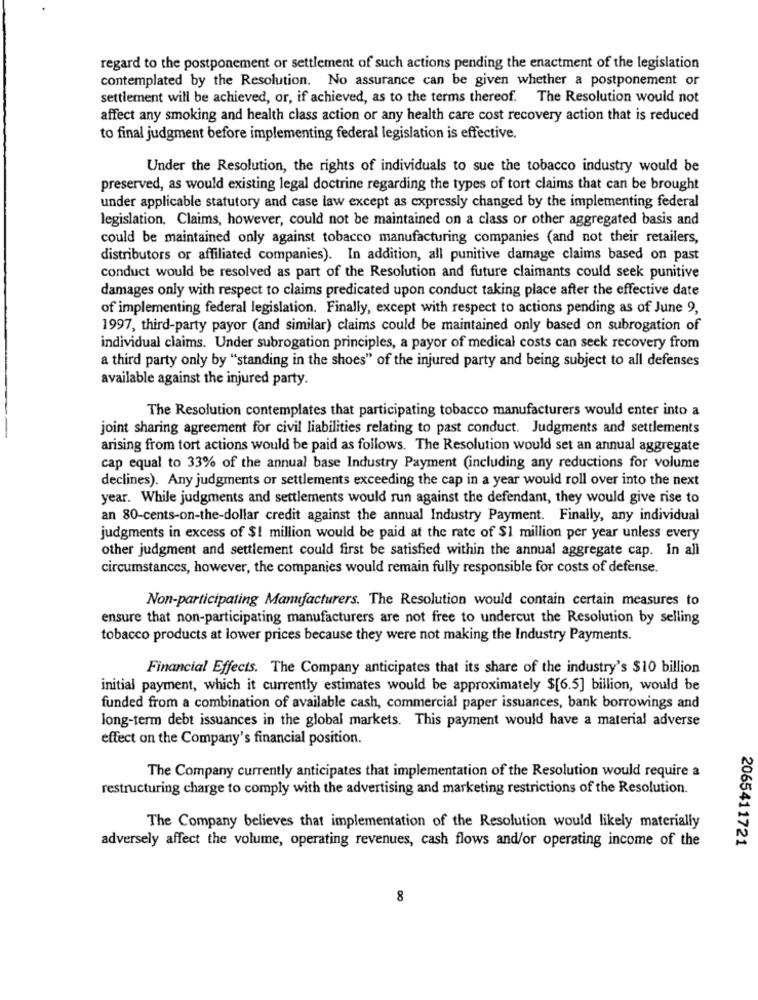
regard to the postponement or settlement of such actions pending the enactment of the legislation
contemplated by the Resolution. No assurance can be given whether a postponement or
settlement will be achieved, or, if achieved, as to the terms thereof. The Resolution would not
affect any smoking and health class action or any health care cost recovery action that is reduced
to final judgment before implementing federal legislation is effective.
Under the Resolution, the rights of individuals to sue the tobacco industry would be
preserved, as would existing legal doctrine regarding the types of tort claims that can be brought
under applicable statutory and case law except as cxpressly changed by the implementing federal
legislation. Claims, however, could not be maintained on a class or other aggregated basis and
could be maintained only against tobacco manufacturing companies (and not their retailers,
distributors or affiliated companies). In addition, all punitive damage claims based on past
conduct would be resolved as part of the Resolution and future claimants could seek punitive
damages only with respect to claims predicated upon conduct taking place after the effective date
of implementing federal legislation. Finally, except with respect to actions pending as of June 9,
1997, third-party payor (and similar) claims could be maintained only based on subrogation of
individual claims. Under subrogation principles, a payor of medical costs can seek recovery from
a third party only by "standing in the shoes" of the injured party and being subject to all defenses
available against the injured party.
The Resolution contemplates that participating tobacco manufacturers would enter into a
joint sharing agreement for civil liabilities relating to past conduct. Judgments and settlements
arising from tort actions would be paid as follows. The Resolution would set an annual aggregate
cap equal to 33% of the annual base Industry Payment (including any reductions for volume
declines). Any judgments or settlements exceeding the cap in a year would roll over into the next
year. While judgments and settlements would run against the defendant, they would give rise to
an 80-cents-on-the-dollar credit against the annual Industry Payment. Finally, any individual
judgments in excess of $1 million would be paid at the rate of $1 million per year unless every
other judgment and settlement could first be satisfied within the annual aggregate cap. In all
circumstances, however, the companies would remain fully responsible for costs of defense.
Non-participating Manufacturers. The Resolution would contain certain measures to
ensure that non-participating manufacturers are not free to undercut the Resolution by selling
tobacco products at lower prices because they were not making the Industry Payments.
Financial Effects. The Company anticipates that its share of the industry's $10 billion
initial payment, which it currently estimates would be approximately $[6.5] billion, would be
funded from a combination of available cash, commercial paper issuances, bank borrowings and
long-term debt issuances in the global markets. This payment would have a material adverse
effect on the Company's financial position.
The Company currently anticipates that implementation of the Resolution would require a
restructuring charge to comply with the advertising and marketing restrictions of the Resolution.
The Company believes that implementation of the Resolution would likely materially
adversely affect the volume, operating revenues, cash flows and/or operating income of the
2065411721
8